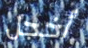
أخجل